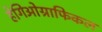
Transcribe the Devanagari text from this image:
हेगिओग्राफिकल